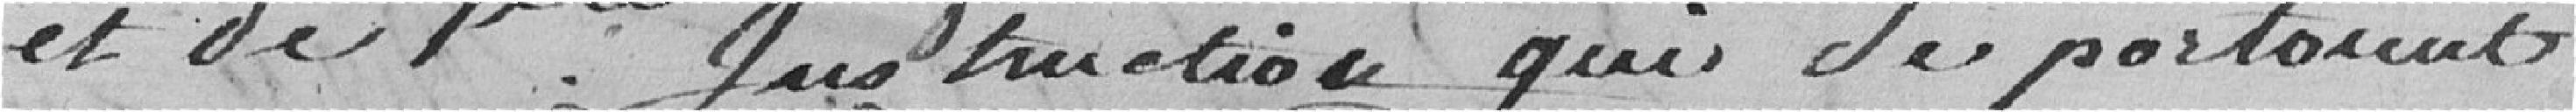
et de l'instruction qui Se portaient